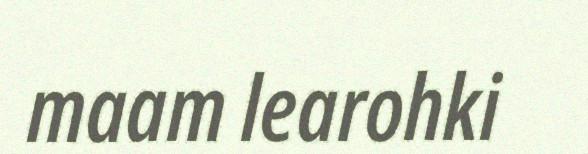
maam learohki